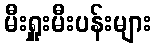
မီးရှူးမီးပန်းများ